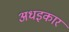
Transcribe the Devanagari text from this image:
अधइकार